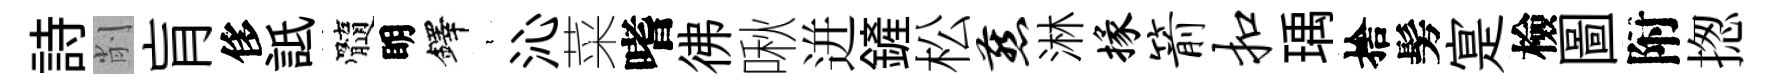
詩削肓侈詆髓眀鐸裊沁菜嗜彿啾迸鏟松燕淋掾箭扣瑀捨髣寔檢圖附揔